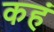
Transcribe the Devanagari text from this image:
कहं